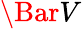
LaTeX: \Bar{V}